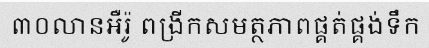
៣០លានអឺរ៉ូ ពង្រីកសមត្ថភាពផ្គត់ផ្គង់ទឹក